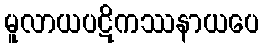
မူလာယပဋိကဿနာယပေ